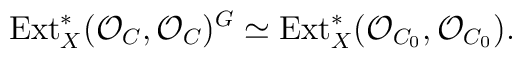
{\rm Ext}^*_X({\cal O}_C,{\cal O}_C)^G\simeq {\rm Ext}^*_X({\cal O}_{C_0},{\cal O}_{C_0}).